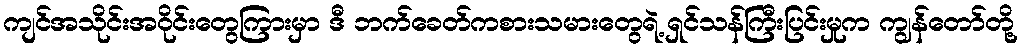
ကျင်အသိုင်းအဝိုင်းတွေကြားမှာ ဒီ ဘက်ခေတ်ကစားသမားတွေရဲ့ ရှင်သန်ကြီးပြင်းမှုက ကျွန်တော်တို့